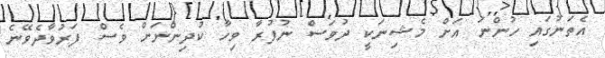
އެތަނުގައި ހުންނަ އަށް މެޝިނަކީ ދުވަސް ނުފުރާ ވިހާ ކުދިންނަށް ވެސް ފަރުވާދެވޭނެ